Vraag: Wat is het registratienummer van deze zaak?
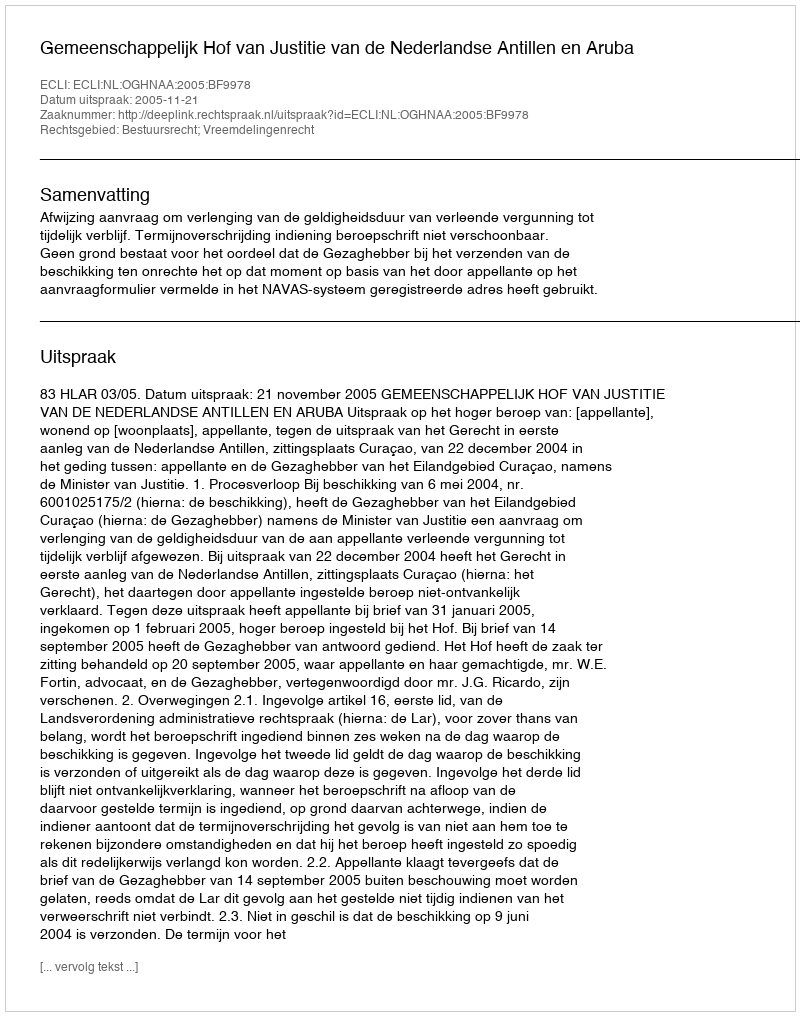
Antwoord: http://deeplink.rechtspraak.nl/uitspraak?id=ECLI:NL:OGHNAA:2005:BF9978